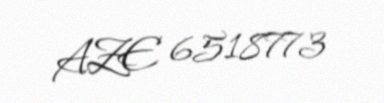
AZE 6518773